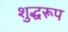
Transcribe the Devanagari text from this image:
शुद्धरूप